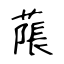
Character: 𦹥